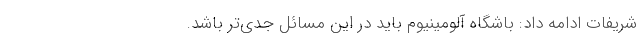
شریفات ادامه داد: باشگاه آلومینیوم باید در این مسائل جدی‌تر باشد.